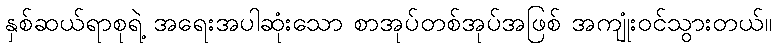
နှစ်ဆယ်ရာစုရဲ့ အရေးအပါဆုံးသော စာအုပ်တစ်အုပ်အဖြစ် အကျုံးဝင်သွားတယ်။